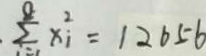
\sum ^ { 0 } x _ { 1 } ^ { 2 } = 1 2 6 5 6